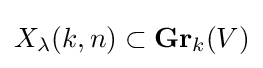
X_{\lambda }(k,n)\subset \mathbf {Gr} _{k}(V)